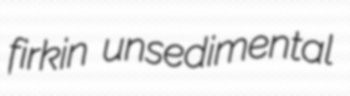
firkin unsedimental